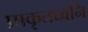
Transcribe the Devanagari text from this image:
प्राकृतध्वनि